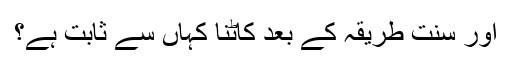
اور سنت طریقہ کے بعد کاٹنا کہاں سے ثابت ہے؟